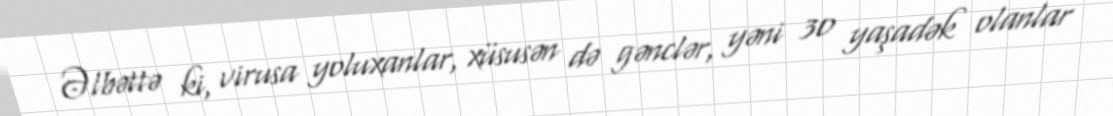
Əlbəttə ki, virusa yoluxanlar, xüsusən də gənclər, yəni 30 yaşadək olanlar